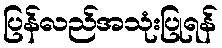
ပြန်လည်အသုံးပြုရန်